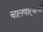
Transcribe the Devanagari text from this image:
चालणाऱ्यांची